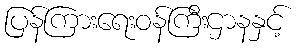
ပြန်ကြားရေးဝန်ကြီးဌာနနှင့်